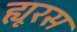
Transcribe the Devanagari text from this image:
ह्यूरस